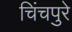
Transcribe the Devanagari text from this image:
चिंचपुरे